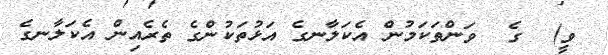
ވީ)  ގެ  ވަންތަކަމުން އެކަލާނގެ އަޅުތަކުންގެ ތެރެއިން އެކަލާނގެ